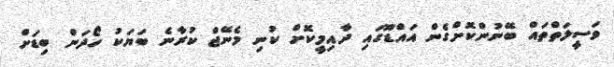
ވަަސީލަތްތައް ބޭނުންކޮށްގެން އައްޑޫގައި ދާއިމީކޮށް ކުނި މެނޭޖް ކުރާނެ ބަޔަކު ހޯދަން ބިޑަށް